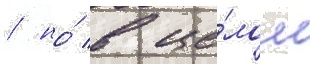
/ но́ в це́лом